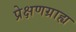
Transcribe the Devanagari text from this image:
प्रेक्षणग्राह्य